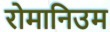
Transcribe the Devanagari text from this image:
रोमानिउम